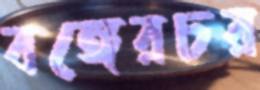
বঙ্গেরচর